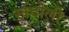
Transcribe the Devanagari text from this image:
खंदोली